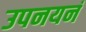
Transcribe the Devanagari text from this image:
उपनयनं